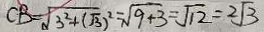
C B = \sqrt { 3 ^ { 2 } + ( \sqrt { 3 } ) ^ { 2 } } = \sqrt { 9 + 3 } = \sqrt { 1 2 } = 2 \sqrt { 3 }